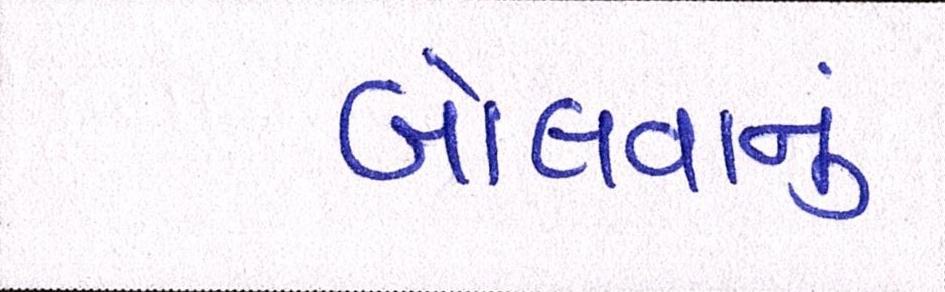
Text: બોલવાનું